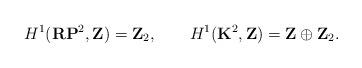
LaTeX: \begin{align*}H^1({\bf RP}^2, {\bf Z})={\bf Z}_2, \qquad H^1({\bf K}^2, {\bf Z})={\bf Z}\oplus {\bf Z}_2.\end{align*}